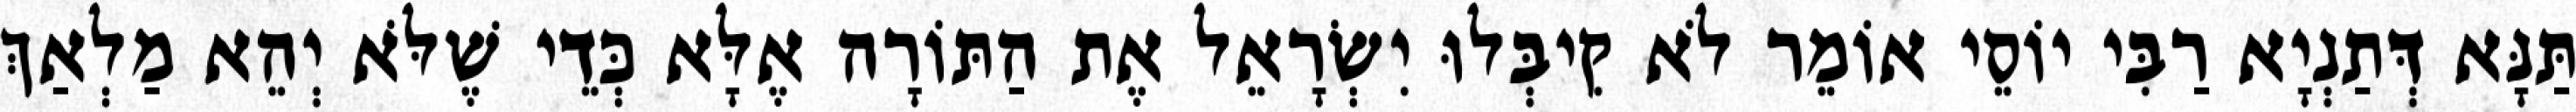
תַּנָּא דְּתַנְיָא רַבִּי יוֹסֵי אוֹמֵר לֹא קִיבְּלוּ יִשְׂרָאֵל אֶת הַתּוֹרָה אֶלָּא כְּדֵי שֶׁלֹּא יְהֵא מַלְאַךְ